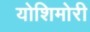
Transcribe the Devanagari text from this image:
योशिमोरी